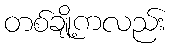
တစ်ချို့ကလည်း